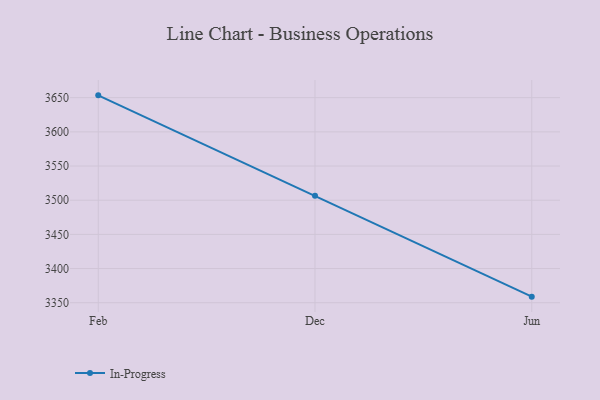
{"axis": {"x": "Month", "y": "Demand Index"}, "legend": ["In-Progress"], "data": [{"x": "Feb", "y": 3653.4, "type": "In-Progress"}, {"x": "Dec", "y": 3506.4, "type": "In-Progress"}, {"x": "Jun", "y": 3358.9, "type": "In-Progress"}]}